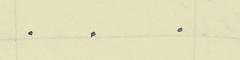
.    .    .